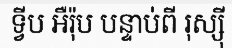
ទ្វីប អឺរ៉ុប បន្ទាប់ពី រុស្ស៊ី